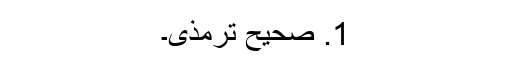
1. صحیح ترمذی۔